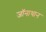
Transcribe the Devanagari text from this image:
जॉनाथान